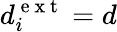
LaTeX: d_{i}^{\mathrm{~e~x~t~}}=d